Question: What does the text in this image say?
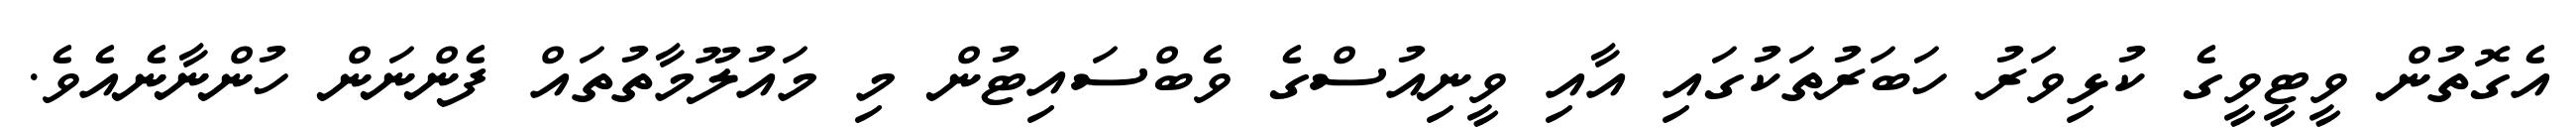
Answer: އެގޮތުން ވީޓީވީގެ ކުޅިވަރު ހަބަރުތަކުގައި އާއި ވީނިއުސްގެ ވެބްސައިޓުން މި މައުލޫމާތުތައް ފެންނަން ހުންނާނެއެވެ.